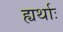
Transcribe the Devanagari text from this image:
ह्यर्थाः